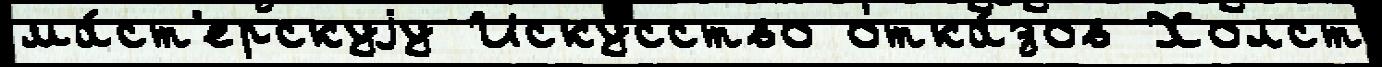
ма́ст'ерскуjу Иску́сство отка́зов Холст